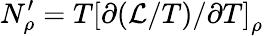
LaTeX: N_{\rho}^{\prime}=T\left[\partial(\mathcal{L}/T)/\partial T\right]_{\rho}